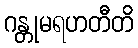
ဂန္တုမရဟတီတိ